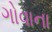
ગોવાના